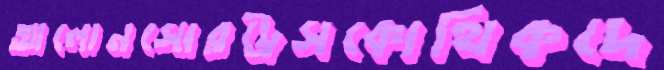
আলোনসোরট্রেসকোথিকদে